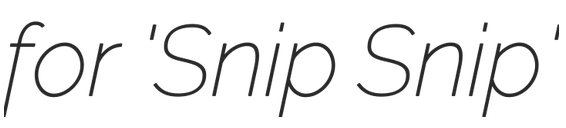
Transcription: for 'Snip Snip'